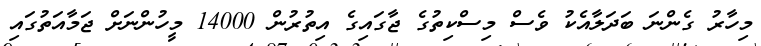
މިހާރު ގެންނަ ބަދަލާއެކު ވެސް މިސްކިތުގެ ޖާގައިގެ އިތުރުން 14000 މީހުންނަށް ޖަމާއަތުގައި